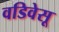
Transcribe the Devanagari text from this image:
वडिवेसू